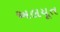
અલયૂત